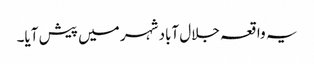
یہ واقعہ جلال آباد شہر میں پیش آیا۔